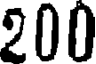
200